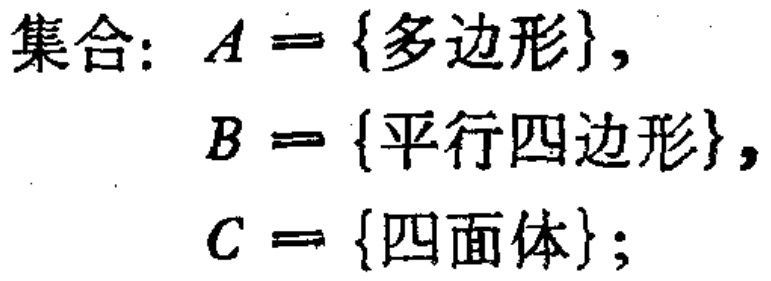
集合：\(A = \{多边形\}\)，

\(B = \{平行四边形\}\)，

\(C = \{四面体\}\)；